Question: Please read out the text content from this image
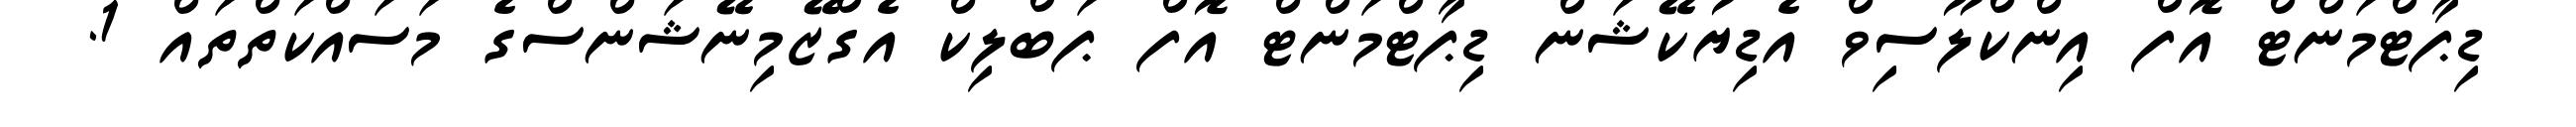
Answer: ޑިޕާޓްމަންޓް އޮފް އިންކްލޫސިވް އެޑިޔުކޭޝަން ޑިޕާޓްމަންޓް އޮފް ޕަބްލިކް އެގްޒޭމިނޭޝަންސްގެ މަސައްކަތްތައް 1.